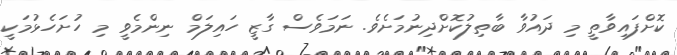
ކޮށްފައިވާތީ މި ދައުވާ ބާތިލުކޮށްދިނުމަށެވެ. ނަމަވެސް ގާޒީ ހައިލަމް ނިންމެވީ މި ހުށަހެޅުމަކީ